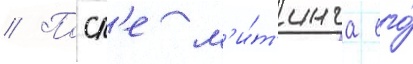
// Посл'е м'и́т'инга его́